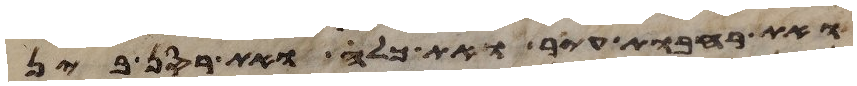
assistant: ואת רחבות עיר ואת כלח ואת רסן בין